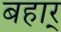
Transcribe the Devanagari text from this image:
बहार्